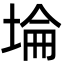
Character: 埨